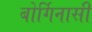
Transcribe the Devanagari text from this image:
बोर्गिनासी